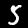
Digit: 5